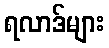
ရလာဒ်များ